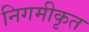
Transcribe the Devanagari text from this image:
निगमीकृत